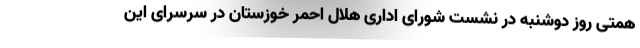
همتی روز دوشنبه در نشست شورای اداری هلال احمر خوزستان در سرسرای این